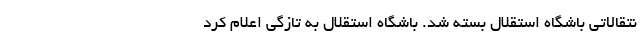
نتقالاتی باشگاه استقلال بسته شد. باشگاه استقلال به تازگی اعلام کرد